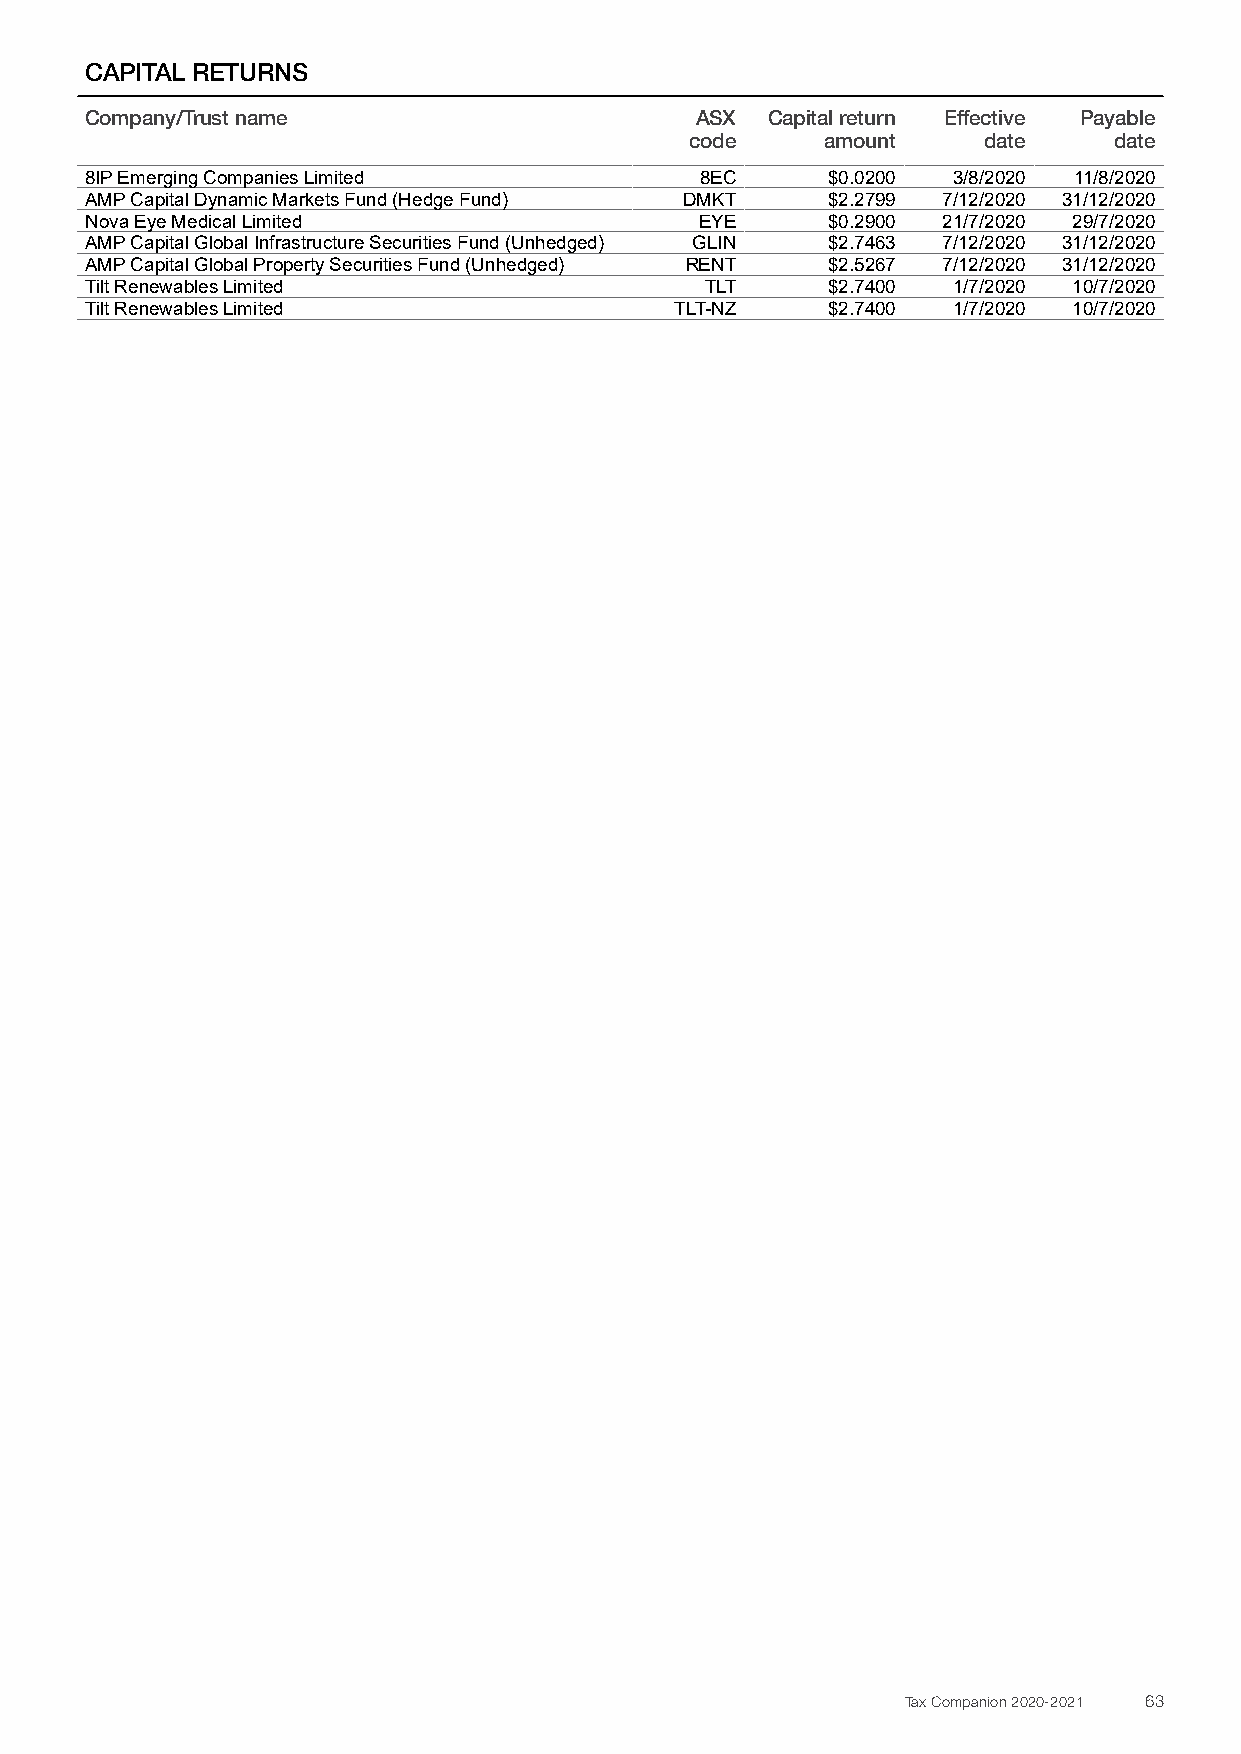
CAPITAL RETURNS
 Company/Trust name                      ASX  Capital return Effective Payable
 code     amount    date     date
 8IP Emerging Companies Limited          8EC      $0.0200 3/8/2020 11/8/2020
 AMP Capital Dynamic Markets Fund (Hedge Fund) DMKT $2.2799 7/12/2020 31/12/2020
 Nova Eye Medical Limited                EYE      $0.2900 21/7/2020 29/7/2020
 AMP Capital Global Infrastructure Securities Fund (Unhedged) GLIN $2.7463 7/12/2020 31/12/2020
 AMP Capital Global Property Securities Fund (Unhedged) RENT $2.5267 7/12/2020 31/12/2020
 Tilt Renewables Limited                  TLT     $2.7400 1/7/2020 10/7/2020
 Tilt Renewables Limited                TLT-NZ    $2.7400 1/7/2020 10/7/2020
 Tax Companion 2020-2021 63